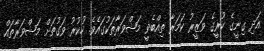
އަދި ގިނީގެ ކުރީގެ ވަޒީރު ކަމަރާ ތިއްބެވީ މަޝްވަރާތަކުގައެވެ. ހުކުރު ވަގުތަށް މަޝްވަރާތައް